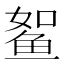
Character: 𱇫